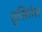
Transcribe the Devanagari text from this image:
तुसितेस